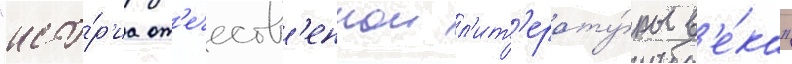
"исто́р'иа от'ечеств'еннои л'ит'ерату́ры в'е́ка"